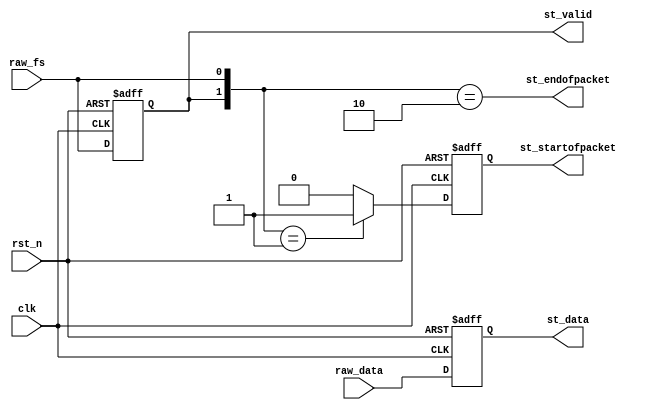
module rvbridge_make_se(
	clk,rst_n,
	raw_data,raw_fs,
	st_data,st_valid,st_startofpacket,st_endofpacket
);

parameter						DATA_WIDTH = 8;

input								clk,rst_n;
input		[DATA_WIDTH-1:0]	raw_data;
input								raw_fs;
output	[DATA_WIDTH-1:0]	st_data;
output							st_valid,st_startofpacket,st_endofpacket;

reg		[DATA_WIDTH-1:0]	raw_data_reg;
reg								raw_fs_reg;
reg								st_startofpacket_reg;

assign st_data = raw_data_reg;
assign st_valid = raw_fs_reg;
assign st_startofpacket = st_startofpacket_reg;
assign st_endofpacket = {raw_fs_reg,raw_fs}==2'b10;

always @(posedge clk or negedge rst_n)
begin
	if(!rst_n)
		{raw_data_reg,raw_fs_reg} <= 'd0;
	else
		{raw_data_reg,raw_fs_reg} <= {raw_data,raw_fs};
end

always @(posedge clk or negedge rst_n)
begin
	if(!rst_n)
		st_startofpacket_reg <= 1'b0;
	else if({raw_fs_reg,raw_fs}==2'b01)
		st_startofpacket_reg <= 1'b1;
	else
		st_startofpacket_reg <= 1'b0;
end

endmodule